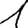
Digit: 1